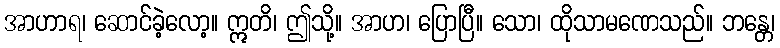
အာဟာရ၊ ဆောင်ခဲ့လော့။ ဣတိ၊ ဤသို့။ အာဟ၊ ပြောပြီ။ သော၊ ထိုသာမဏေသည်။ ဘန္တေ၊